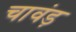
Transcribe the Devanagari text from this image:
चावंड़